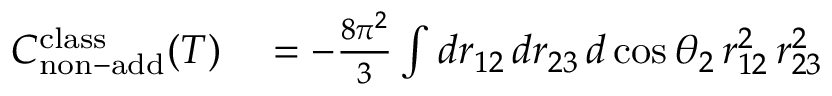
\begin{array} { r l } { C _ { \mathrm { n o n - a d d } } ^ { \mathrm { c l a s s } } ( T ) } & { { } = - \frac { 8 \pi ^ { 2 } } { 3 } \int d r _ { 1 2 } \, d r _ { 2 3 } \, d \cos { \theta _ { 2 } } \, r _ { 1 2 } ^ { 2 } \, r _ { 2 3 } ^ { 2 } } \end{array}